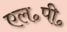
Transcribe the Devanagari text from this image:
एल॰पी॰